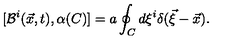
[ { \cal B } ^ { i } ( \vec { x } , t ) , \alpha ( C ) ] = a \oint _ { C } d \xi ^ { i } \delta ( \vec { \xi } - \vec { x } ) .